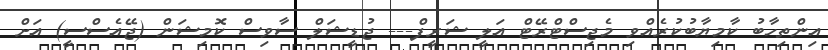
އިންތިހާބު ކާމިޔާބުކުރެއްވި މެޖިސްޓްރޭޓް އަލީ ޝަރީފް--- ޖުޑީޝަލް ސާވިސް ކޮމިޝަން (ޖޭއެސްސީ) އަށް